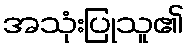
အသုံးပြုသူ၏